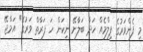
މި ފެންވަރުގެ ފިލްމެއް ހަދާ ބަލާށޭ ނިކަން ހަ ފަރާތް ވަރުގެ" އަމްޖޭ